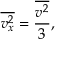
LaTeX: { \overline { { v _ { x } ^ { 2 } } } } = { \frac { \overline { { v ^ { 2 } } } } { 3 } } ,